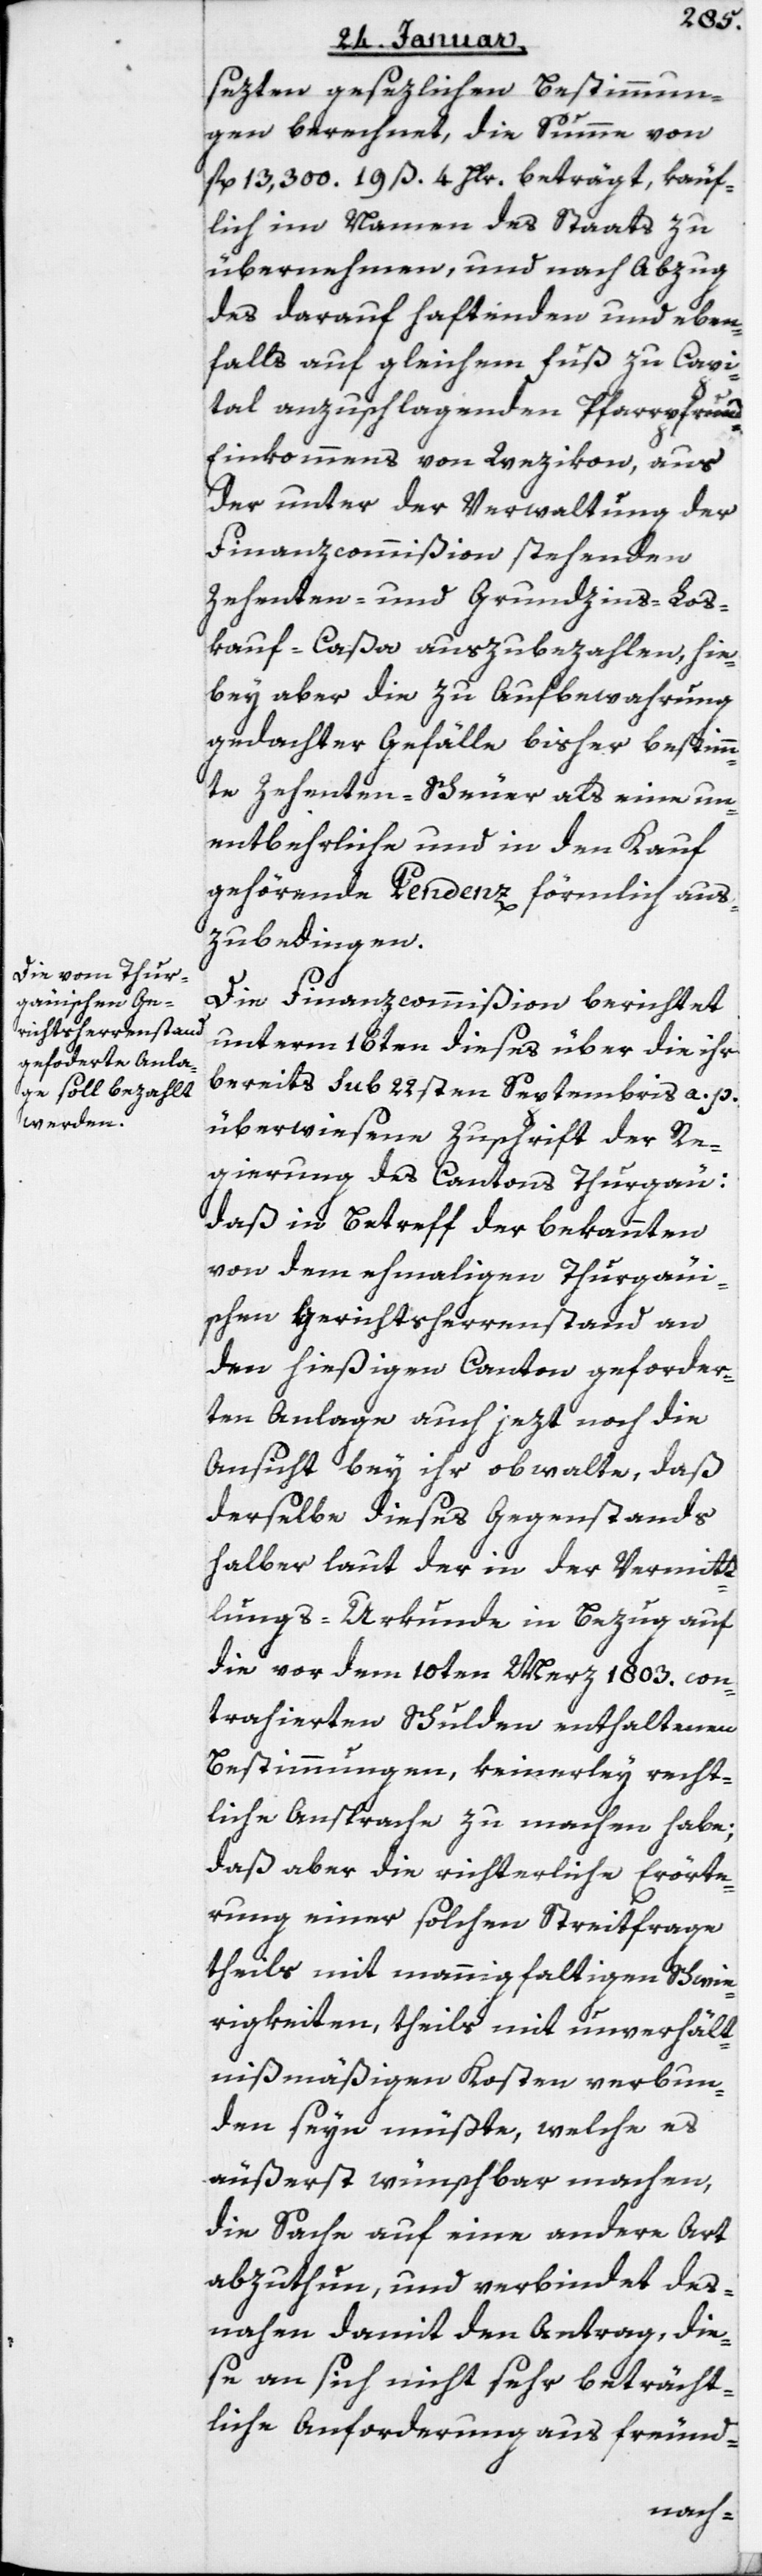
setzten gesetzlichen Bestimmun¬
gen berechnet, die Summe von
13'300 fl. 19 ß 4 Hlr. beträgt, käuf¬
lich im Namen des Staats zu
übernehmen, und nach Abzug
des darauf haftenden und eben¬
falls auf gleichem Fuß zu Capi¬
tal anzuschlagenden Pfarrpfrund-E¬
inkommens von Wezikon, aus
der unter der Verwaltung der
Finanz-Commißion stehenden
Zehenten- und Grundzins-Los¬
kauf-Caßa auszubezahlen, hie¬
bey aber die zu Aufbewahrung
gedachter Gefälle bisher bestimm¬
te Zehenten-Scheuer als eine un¬
entbehrliche und in den Kauf
gehörende Pendenz förmlich aus¬
zubedingen.
Die Finanzcommißion berichtet
unterm 16ten dieses über die ihr
bereits Sub 22sten Septembris a. p.
überwiesene Zuschrift der Re¬
gierung des Cantons Thurgau,
daß in Betreff der bekannten,
von dem ehemaligen Thurgau¬
ischen Gerichtsherrenstand an
den hießigen Canton geforder¬
ten Anlage auch jezt noch die
Ansicht bey ihr obwalte, daß
derselbe dieses Gegenstands
halber laut der in der Vermitt¬
lungs-Urkunde in Bezug auf
die vor dem 10ten Merz 1803 con¬
trahierten Schulden enthaltenen
Bestimmungen, keinerley recht¬
liche Ansprache zu machen habe,
daß aber die richterliche Erörte¬
rung einer solchen Streitfrage
theils mit mannigfaltigen Schwie¬
rigkeiten, theils mit unverhält¬
nismäßigen Kosten verbun¬
den seyn müßte, welche es
äußerst wünschbar machen,
die Sache auf eine andere Art
abzuthun, und verbindet des¬
nahen damit den Antrag, die¬
se an sich nicht sehr beträcht¬
liche Anforderung aus freund-